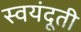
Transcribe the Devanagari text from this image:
स्वयंदूती